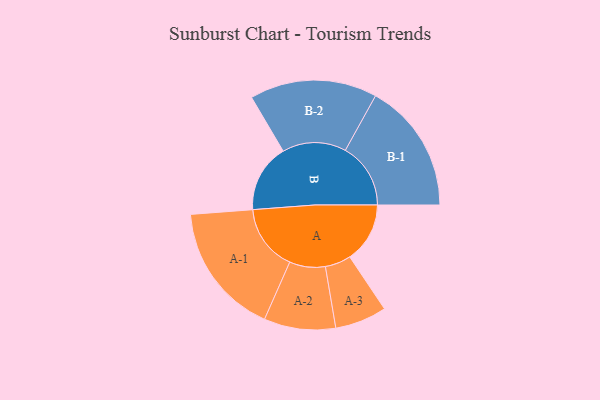
{"axis": {"x": "Segment", "y": "Value"}, "legend": ["", "A", "B"], "data": [{"x": "A", "y": 267, "type": ""}, {"x": "B", "y": 303, "type": ""}, {"x": "A-1", "y": 294, "type": "A"}, {"x": "A-2", "y": 159, "type": "A"}, {"x": "A-3", "y": 115, "type": "A"}, {"x": "B-1", "y": 290, "type": "B"}, {"x": "B-2", "y": 283, "type": "B"}]}